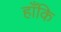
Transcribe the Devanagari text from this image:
हाँकि